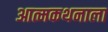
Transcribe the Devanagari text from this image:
आत्मकथनाला